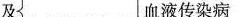
及血液传染病